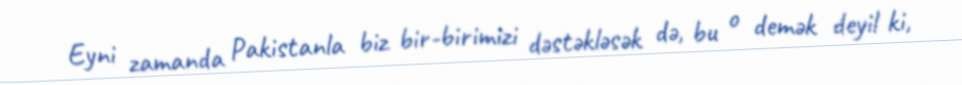
Eyni zamanda Pakistanla biz bir-birimizi dəstəkləsək də, bu o demək deyil ki,